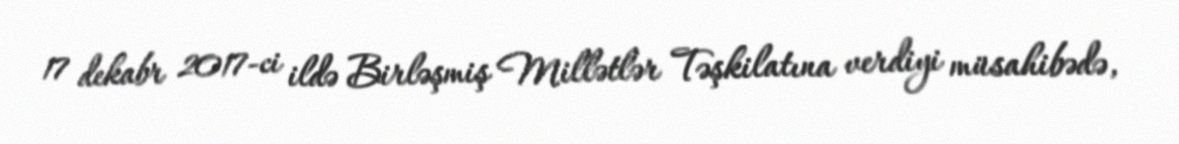
17 dekabr 2017-ci ildə Birləşmiş Millətlər Təşkilatına verdiyi müsahibədə,